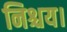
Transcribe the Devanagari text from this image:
निश्चय।